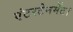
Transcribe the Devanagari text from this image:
एंटरटेनमेंट।